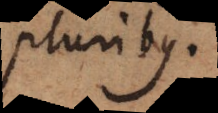
pluribus.